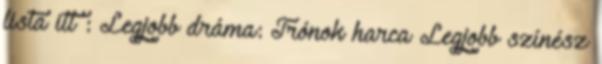
lista itt : Legjobb dráma: Trónok harca Legjobb színész